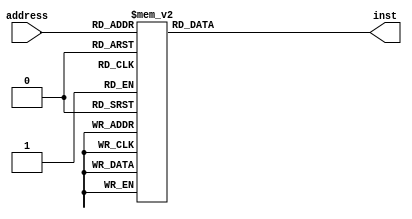
/*
   This file was generated automatically by the Mojo IDE version B1.3.3.
   Do not edit this file directly. Instead edit the original Lucid source.
   This is a temporary file and any changes made to it will be destroyed.
*/

module instRom_15 (
    input [7:0] address,
    output reg [16:0] inst
  );
  
  
  
  always @* begin
    inst = 17'h00000;
    
    case (address)
      1'h0: begin
        inst = 17'h03e3f;
      end
      1'h1: begin
        inst = 17'h1a000;
      end
      2'h2: begin
        inst = 17'h11000;
      end
      2'h3: begin
        inst = 17'h10700;
      end
      3'h4: begin
        inst = 17'h03e3e;
      end
      3'h5: begin
        inst = 17'h1a000;
      end
      3'h6: begin
        inst = 17'h11000;
      end
      3'h7: begin
        inst = 17'h10700;
      end
      4'h8: begin
        inst = 17'h0670b;
      end
      4'h9: begin
        inst = 17'h1f000;
      end
      4'ha: begin
        inst = 17'h06f0f;
      end
      4'hb: begin
        inst = 17'h01000;
      end
      4'hf: begin
        inst = 17'h03c04;
      end
      5'h10: begin
        inst = 17'h03b04;
      end
      5'h11: begin
        inst = 17'h03a04;
      end
      5'h12: begin
        inst = 17'h03904;
      end
      5'h13: begin
        inst = 17'h1b000;
      end
      5'h14: begin
        inst = 17'h03603;
      end
      5'h15: begin
        inst = 17'h03e3b;
      end
      5'h16: begin
        inst = 17'h1a000;
      end
      5'h17: begin
        inst = 17'h11000;
      end
      5'h18: begin
        inst = 17'h10700;
      end
      5'h19: begin
        inst = 17'h06f32;
      end
      6'h32: begin
        inst = 17'h03d34;
      end
      6'h33: begin
        inst = 17'h06fc8;
      end
      6'h34: begin
        inst = 17'h03132;
      end
      6'h35: begin
        inst = 17'h09110;
      end
      6'h36: begin
        inst = 17'h0713c;
      end
      6'h37: begin
        inst = 17'h03e3d;
      end
      6'h38: begin
        inst = 17'h1a000;
      end
      6'h39: begin
        inst = 17'h11000;
      end
      6'h3a: begin
        inst = 17'h10700;
      end
      6'h3b: begin
        inst = 17'h06fb8;
      end
      6'h3c: begin
        inst = 17'h03800;
      end
      6'h3d: begin
        inst = 17'h06f40;
      end
      7'h40: begin
        inst = 17'h1a000;
      end
      7'h41: begin
        inst = 17'h11000;
      end
      7'h42: begin
        inst = 17'h12700;
      end
      7'h43: begin
        inst = 17'h03d45;
      end
      7'h44: begin
        inst = 17'h06fe1;
      end
      7'h45: begin
        inst = 17'h041fc;
      end
      7'h46: begin
        inst = 17'h07150;
      end
      7'h47: begin
        inst = 17'h03300;
      end
      7'h48: begin
        inst = 17'h05463;
      end
      7'h49: begin
        inst = 17'h0644e;
      end
      7'h4a: begin
        inst = 17'h03301;
      end
      7'h4b: begin
        inst = 17'h08cc3;
      end
      7'h4c: begin
        inst = 17'h03680;
      end
      7'h4d: begin
        inst = 17'h06f50;
      end
      7'h4e: begin
        inst = 17'h0303a;
      end
      7'h4f: begin
        inst = 17'h06fb4;
      end
      7'h50: begin
        inst = 17'h03208;
      end
      7'h51: begin
        inst = 17'h041c2;
      end
      7'h52: begin
        inst = 17'h07155;
      end
      7'h53: begin
        inst = 17'h03039;
      end
      7'h54: begin
        inst = 17'h06fb4;
      end
      7'h55: begin
        inst = 17'h041fb;
      end
      7'h56: begin
        inst = 17'h07160;
      end
      7'h57: begin
        inst = 17'h03301;
      end
      7'h58: begin
        inst = 17'h05463;
      end
      7'h59: begin
        inst = 17'h0645e;
      end
      7'h5a: begin
        inst = 17'h03301;
      end
      7'h5b: begin
        inst = 17'h08bb3;
      end
      7'h5c: begin
        inst = 17'h03680;
      end
      7'h5d: begin
        inst = 17'h06f60;
      end
      7'h5e: begin
        inst = 17'h03038;
      end
      7'h5f: begin
        inst = 17'h06fb4;
      end
      7'h60: begin
        inst = 17'h03208;
      end
      7'h61: begin
        inst = 17'h041b2;
      end
      7'h62: begin
        inst = 17'h07165;
      end
      7'h63: begin
        inst = 17'h03037;
      end
      7'h64: begin
        inst = 17'h06fb4;
      end
      7'h65: begin
        inst = 17'h041fa;
      end
      7'h66: begin
        inst = 17'h07170;
      end
      7'h67: begin
        inst = 17'h03302;
      end
      7'h68: begin
        inst = 17'h05463;
      end
      7'h69: begin
        inst = 17'h0646e;
      end
      7'h6a: begin
        inst = 17'h03301;
      end
      7'h6b: begin
        inst = 17'h08aa3;
      end
      7'h6c: begin
        inst = 17'h03680;
      end
      7'h6d: begin
        inst = 17'h06f70;
      end
      7'h6e: begin
        inst = 17'h03036;
      end
      7'h6f: begin
        inst = 17'h06fb4;
      end
      7'h70: begin
        inst = 17'h03208;
      end
      7'h71: begin
        inst = 17'h041a2;
      end
      7'h72: begin
        inst = 17'h07175;
      end
      7'h73: begin
        inst = 17'h03035;
      end
      7'h74: begin
        inst = 17'h06fb4;
      end
      7'h75: begin
        inst = 17'h041f9;
      end
      7'h76: begin
        inst = 17'h07180;
      end
      7'h77: begin
        inst = 17'h03303;
      end
      7'h78: begin
        inst = 17'h05463;
      end
      7'h79: begin
        inst = 17'h0647e;
      end
      7'h7a: begin
        inst = 17'h03301;
      end
      7'h7b: begin
        inst = 17'h08993;
      end
      7'h7c: begin
        inst = 17'h03680;
      end
      7'h7d: begin
        inst = 17'h06f80;
      end
      7'h7e: begin
        inst = 17'h03034;
      end
      7'h7f: begin
        inst = 17'h06fb4;
      end
      8'h80: begin
        inst = 17'h03208;
      end
      8'h81: begin
        inst = 17'h04192;
      end
      8'h82: begin
        inst = 17'h07196;
      end
      8'h83: begin
        inst = 17'h03033;
      end
      8'h84: begin
        inst = 17'h06fb4;
      end
      8'h96: begin
        inst = 17'h1b000;
      end
      8'h97: begin
        inst = 17'h06f32;
      end
      8'hb4: begin
        inst = 17'h16e00;
      end
      8'hb5: begin
        inst = 17'h1a000;
      end
      8'hb6: begin
        inst = 17'h11000;
      end
      8'hb7: begin
        inst = 17'h10700;
      end
      8'hb8: begin
        inst = 17'h03c00;
      end
      8'hb9: begin
        inst = 17'h03b00;
      end
      8'hba: begin
        inst = 17'h03a00;
      end
      8'hbb: begin
        inst = 17'h03900;
      end
      8'hbc: begin
        inst = 17'h1b000;
      end
      8'hbd: begin
        inst = 17'h03800;
      end
      8'hbe: begin
        inst = 17'h1e000;
      end
      8'hbf: begin
        inst = 17'h06f00;
      end
      8'hc8: begin
        inst = 17'h03400;
      end
      8'hc9: begin
        inst = 17'h03000;
      end
      8'hca: begin
        inst = 17'h03332;
      end
      8'hcb: begin
        inst = 17'h09334;
      end
      8'hcc: begin
        inst = 17'h063d2;
      end
      8'hcd: begin
        inst = 17'h1c140;
      end
      8'hce: begin
        inst = 17'h08010;
      end
      8'hcf: begin
        inst = 17'h03101;
      end
      8'hd0: begin
        inst = 17'h08441;
      end
      8'hd1: begin
        inst = 17'h06fca;
      end
      8'hd2: begin
        inst = 17'h19d00;
      end
      8'he1: begin
        inst = 17'h03501;
      end
      8'he2: begin
        inst = 17'h0c557;
      end
      8'he3: begin
        inst = 17'h03402;
      end
      8'he4: begin
        inst = 17'h0a354;
      end
      8'he5: begin
        inst = 17'h03501;
      end
      8'he6: begin
        inst = 17'h17083;
      end
      8'he7: begin
        inst = 17'h08cc0;
      end
      8'he8: begin
        inst = 17'h18cc0;
      end
      8'he9: begin
        inst = 17'h08335;
      end
      8'hea: begin
        inst = 17'h17083;
      end
      8'heb: begin
        inst = 17'h08bb0;
      end
      8'hec: begin
        inst = 17'h18bb0;
      end
      8'hed: begin
        inst = 17'h08335;
      end
      8'hee: begin
        inst = 17'h17083;
      end
      8'hef: begin
        inst = 17'h08aa0;
      end
      8'hf0: begin
        inst = 17'h18aa0;
      end
      8'hf1: begin
        inst = 17'h08335;
      end
      8'hf2: begin
        inst = 17'h17083;
      end
      8'hf3: begin
        inst = 17'h08990;
      end
      8'hf4: begin
        inst = 17'h18990;
      end
      8'hf5: begin
        inst = 17'h19d00;
      end
    endcase
  end
endmodule